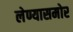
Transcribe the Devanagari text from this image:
लेण्यासमोर